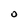
Character: O